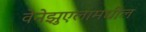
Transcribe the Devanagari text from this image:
वेनेझुएलामधील